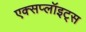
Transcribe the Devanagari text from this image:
एक्सप्लॉइट्स